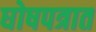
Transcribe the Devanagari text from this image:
घोषपत्रात